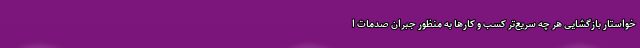
خواستار بازگشایی هر چه سریع‌تر کسب و کارها به منظور جبران صدمات ا